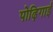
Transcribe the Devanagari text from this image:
पोढ़िगाई